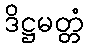
ဒိဋ္ဌမတ္တံ